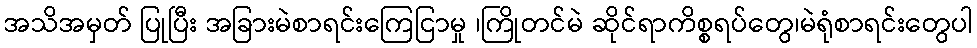
အသိအမှတ် ပြုပြီး အခြားမဲစာရင်းကြေငြာမှု ၊ကြိုတင်မဲ ဆိုင်ရာကိစ္စရပ်တွေ၊မဲရုံစာရင်းတွေပါ